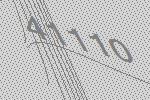
41110